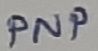
Text: PNP